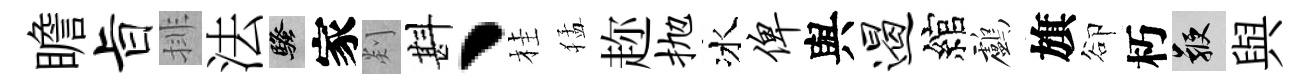
瞻旨排法騷家剡斟丶桂猛趂抛冰俾與遏綰鸕旗卻朽鞭與